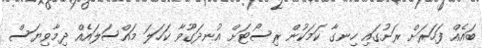
ބައެއް ފަހަރަށް ރަށުގައި ހިނގާ ކަމަކުން ރިސޯޓަށް އުނދަގޫވާ ކަހަލަ މައްސަލައެއް ދިމާވިޔަސް